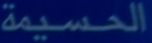
الحسيمة